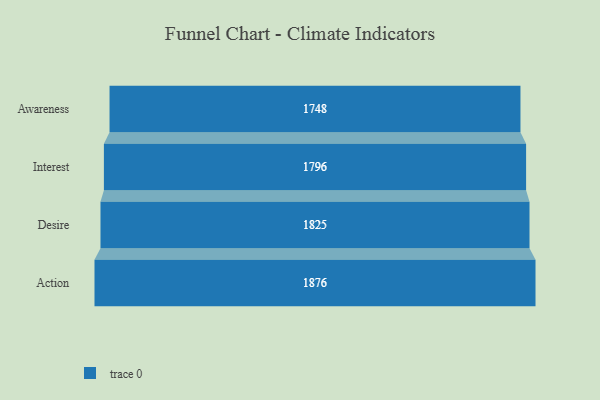
{"axis": {"x": "Stage", "y": "Value"}, "legend": [""], "data": [{"x": "Awareness", "y": 1748.0, "type": ""}, {"x": "Interest", "y": 1796.0, "type": ""}, {"x": "Desire", "y": 1825.0, "type": ""}, {"x": "Action", "y": 1876.0, "type": ""}]}